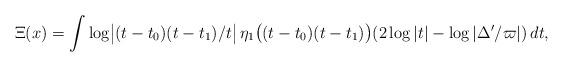
LaTeX: \begin{align*} \Xi(x) = \int \log\bigl\lvert(t-t_0)(t-t_1)/t\bigr\rvert\, \eta_1\bigl((t-t_0)(t-t_1)\bigr)(2\log|t|-\log|\Delta'/\varpi|)\,dt,\end{align*}